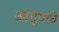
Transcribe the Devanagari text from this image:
आंग्र्यांचे